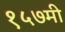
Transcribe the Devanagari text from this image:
१५७मी